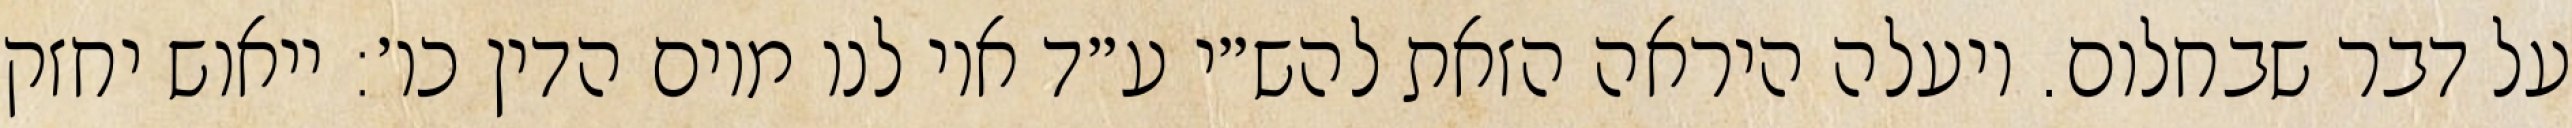
על דבר שבחלום. ויעלה היראה הזאת להש״י ע״ד אוי לנו מיום הדין כו׳: ייאוש יחזק